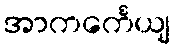
အာကင်္ကေယျ